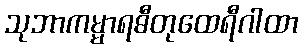
သုဘာကမ္မာရဓီတုထေရီဂါထာ